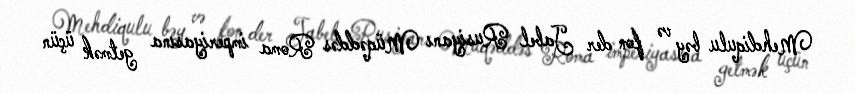
Mehdiqulu bəy və fon der Jabel Rusiyanı Müqəddəs Roma imperiyasına getmək üçün